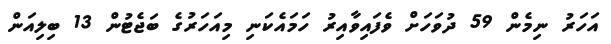
އަހަރު ނިމެން 59 ދުވަހަށް ވެފައިވާއިރު ހަމައެކަނި މިއަހަރުގެ ބަޖެޓުން 13 ބިލިއަން